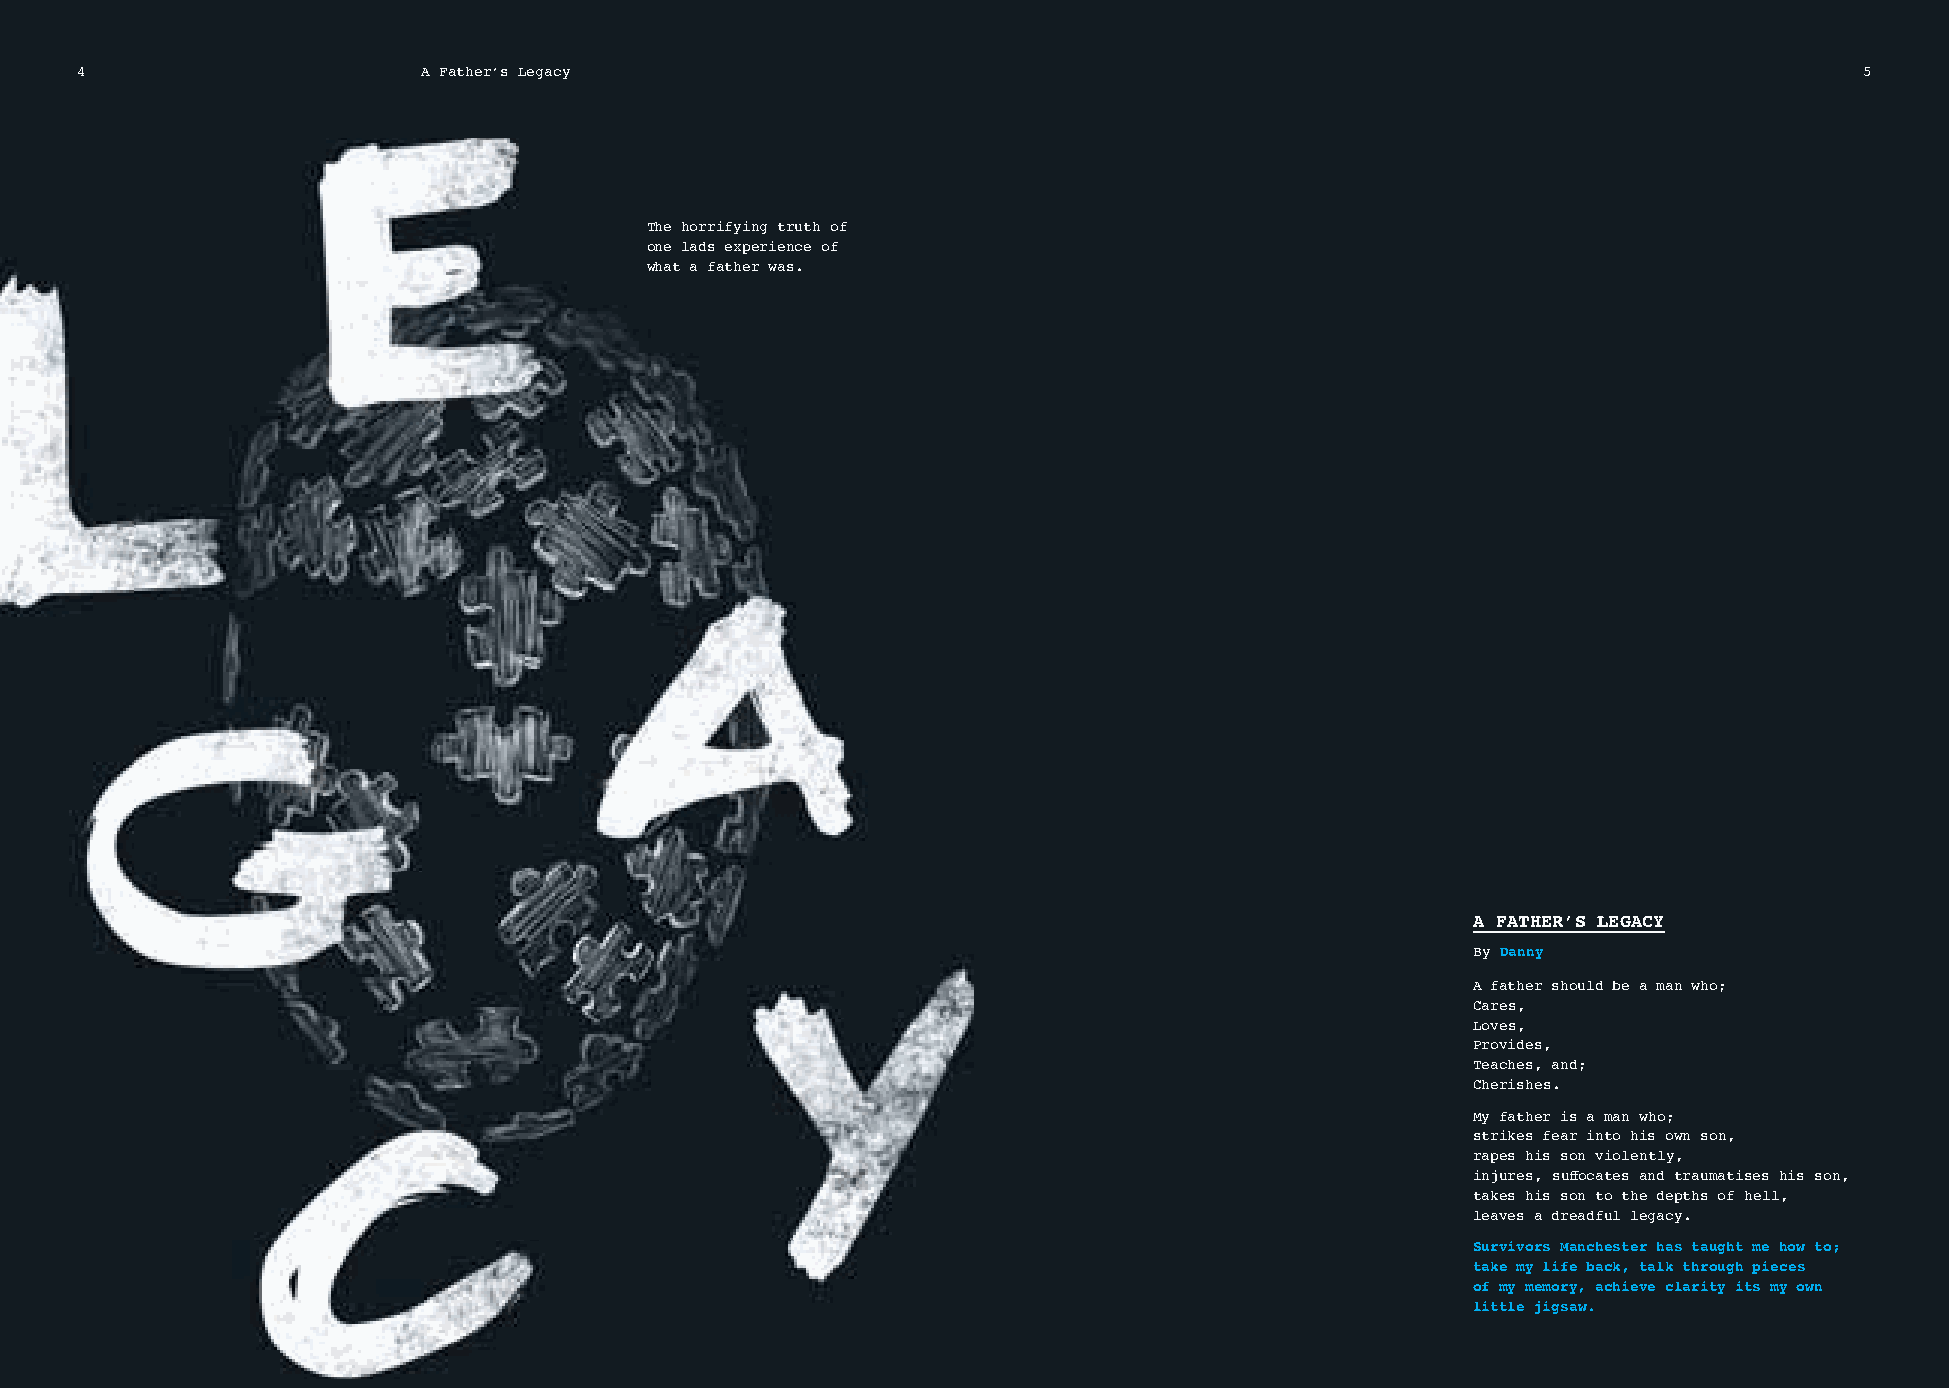
4                      A Father’s Legacy                                                                              5
 The horrifying truth of
 one lads experience of
 what a father was.
 A FATHER’S LEGACY
 By Danny
 A father should be a man who;
 Cares,
 Loves,
 Provides,
 Teaches, and;
 Cherishes.
 My father is a man who;
 strikes fear into his own son,
 rapes his son violently,
 injures, suff ocates and traumatises his son,
 takes his son to the depths of hell,
 leaves a dreadful legacy.
 Survivors Manchester has taught me how to;
 take my life back, talk through pieces
 of my memory, achieve clarity its my own
 little jigsaw.